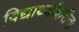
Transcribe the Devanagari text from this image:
विद्यार्थ्यांकरीता